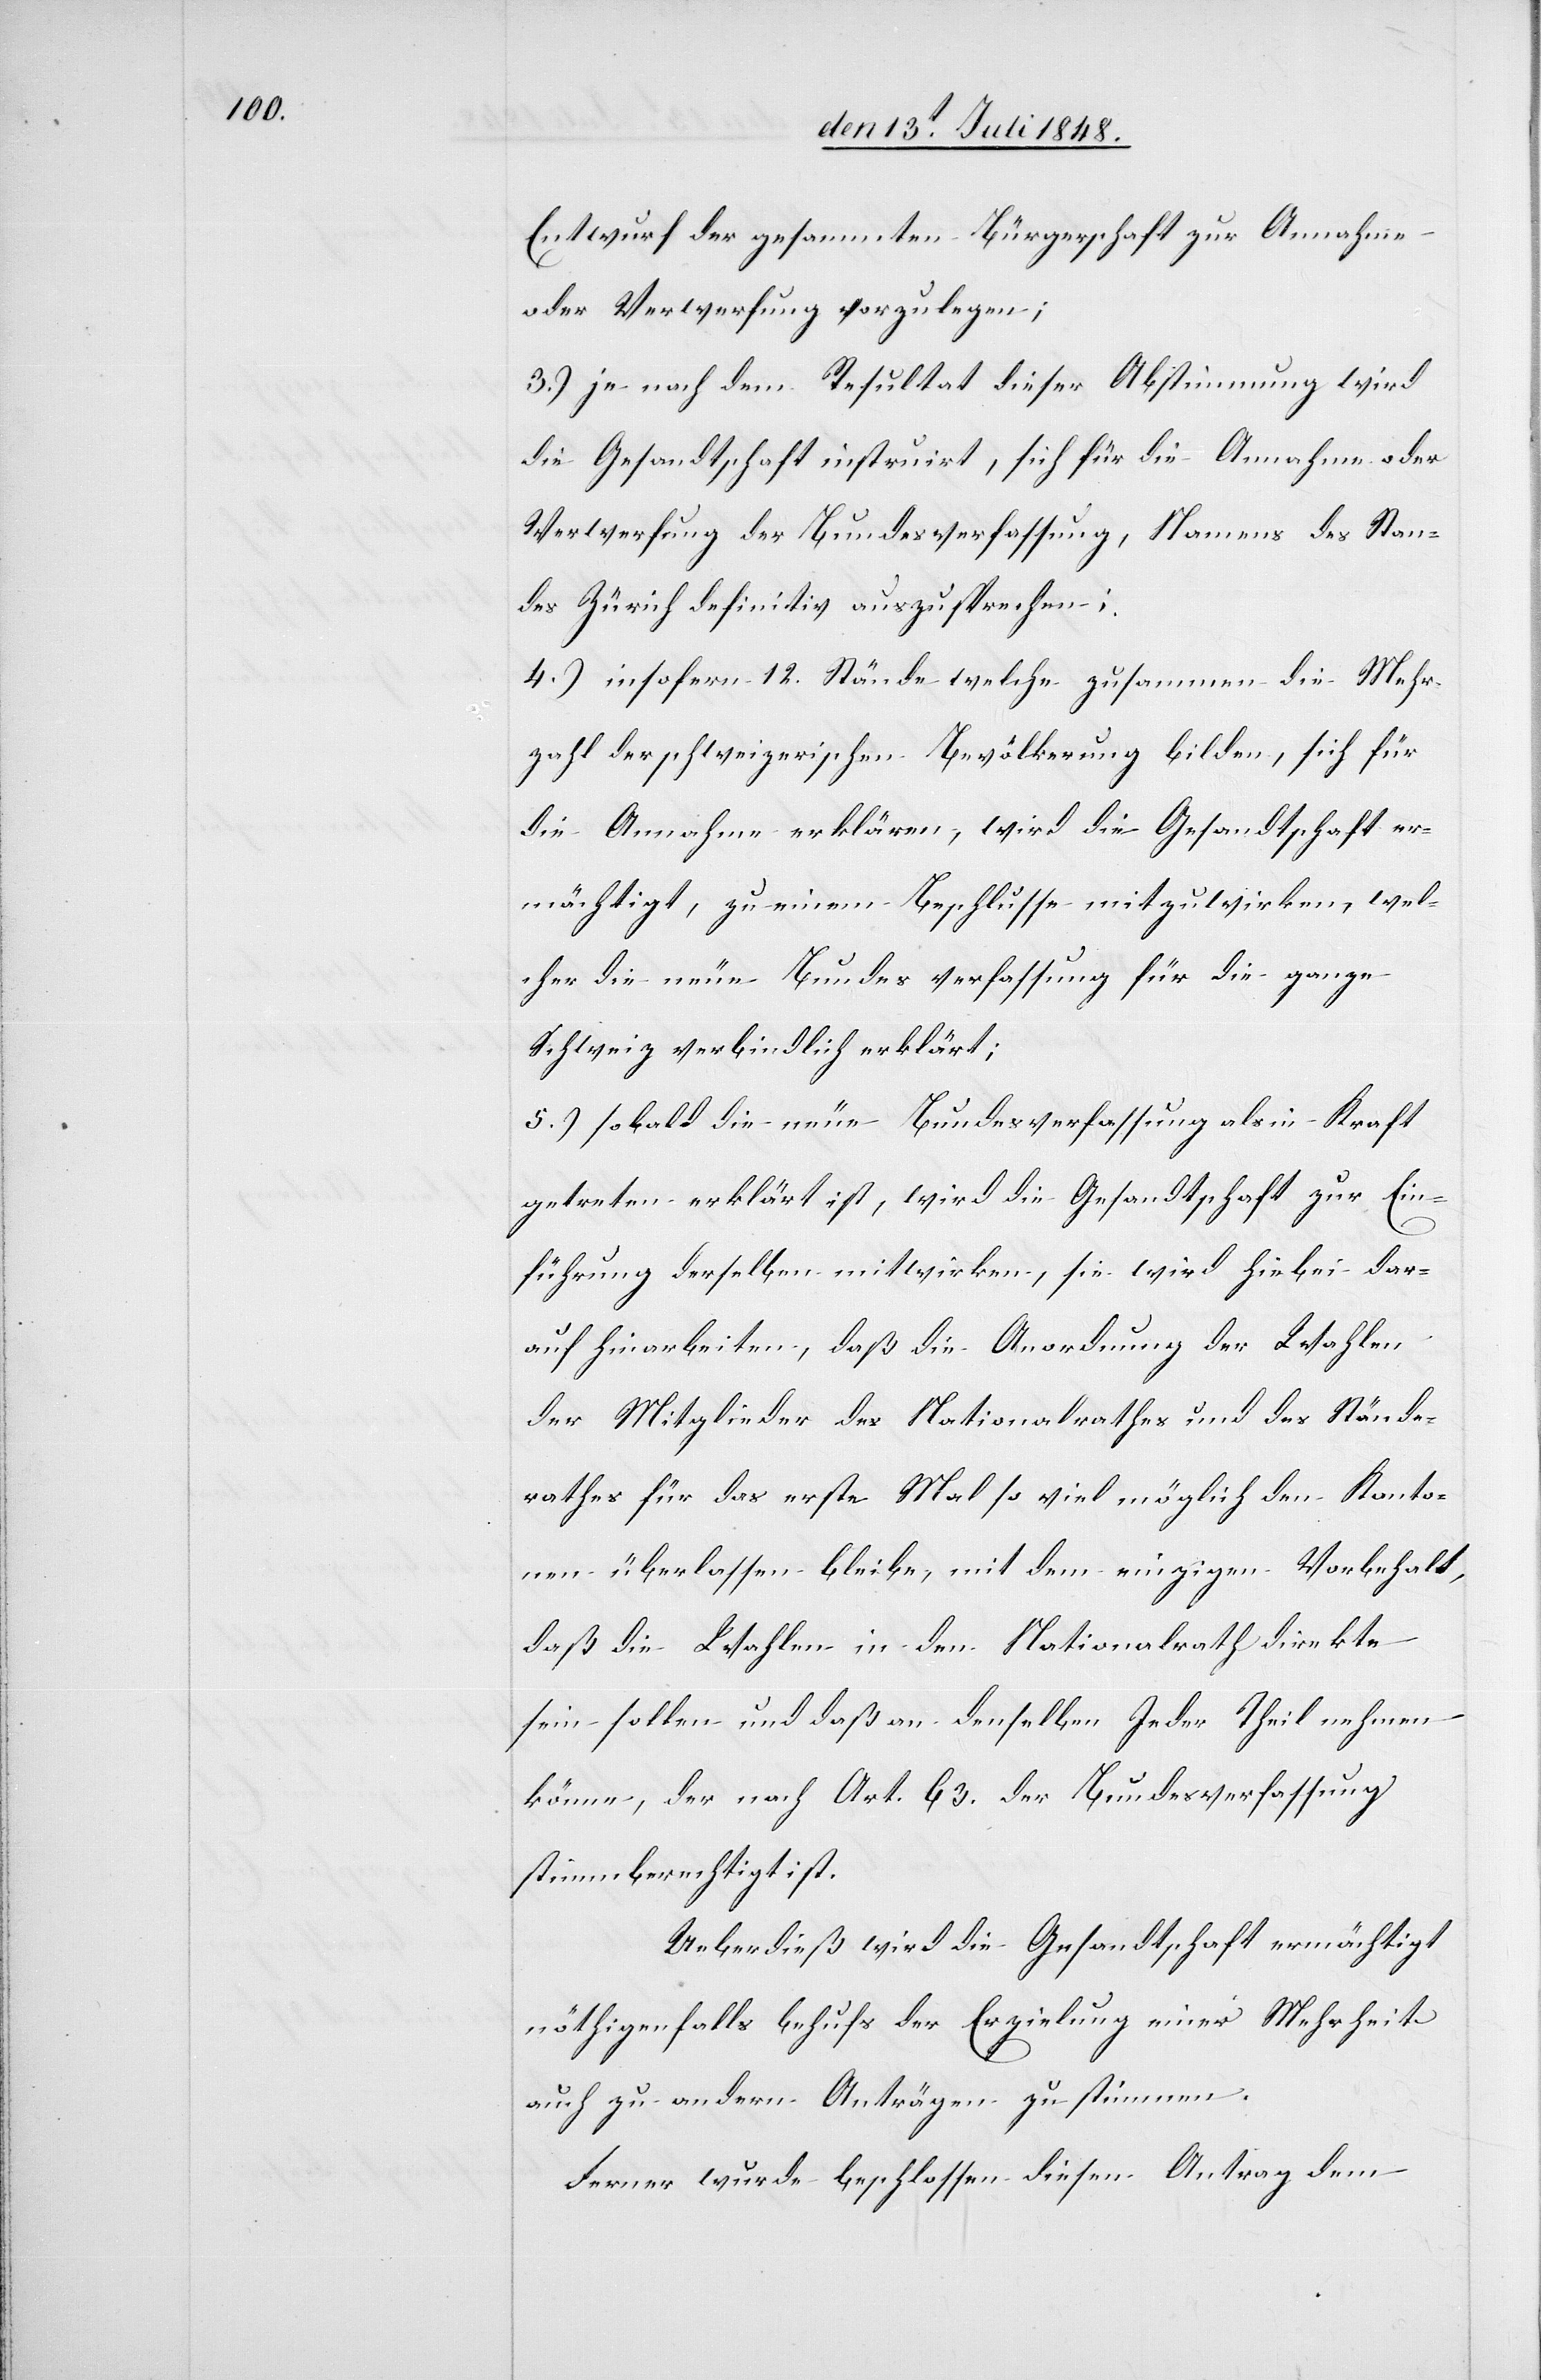
Entwurf der gesammten Bürgerschaft zur Annahme
oder Verwerfung vorzulegen.
3.) je nach dem Resultat dieser Abstimmung wird
die Gesandtschaft insturirt, sich für die Annahme oder
Verwerfung der Bundesverfassung, Namens des Stan¬
des Zürich definitiv auszusprechen.
4.) insofern 12. Stände, welche zusammen die Mehr¬
heit der schweizerischen Bevölkerung bilden, sich für
die Annahme erklären, wird die Gesandtschaft er¬
mächtigt, zu einem Beschlusse mitzuwirken, wel¬
cher die neue Bundesverfassung für die ganze
Schweiz verbindlich erklärt.
5.) sobald die neue Bundesverfassung als in Kraft
getreten erklärt ist, wird die Gesandtschaft zur Ein¬
führung derselben mitwirken, sie wird hiebei dar¬
auf hinarbeiten, daß die Anordnung der Wahlen
der Mitglieder des Nationalrathes und des Stände¬
rathes für das erste Mal so viel möglich den Kanto¬
nen überlassen bleiben, mit dem einzigen Vorbehalt,
daß die Wahlen in den Nationalrath direkte
sein sollen und daß an denselben Jeder Theil nehmen
könne, der nach Art. 63. der Bundesverfassung
stimmberechtigt ist.
Ueberdieß wird die Gesandtschaft ermächtigt
nöthigenfalls behufs der Erzielung einer Mehrheit
auch zu andern Anträgen zustimmen.
Ferner wurde beschlossen diesen Antrag dem